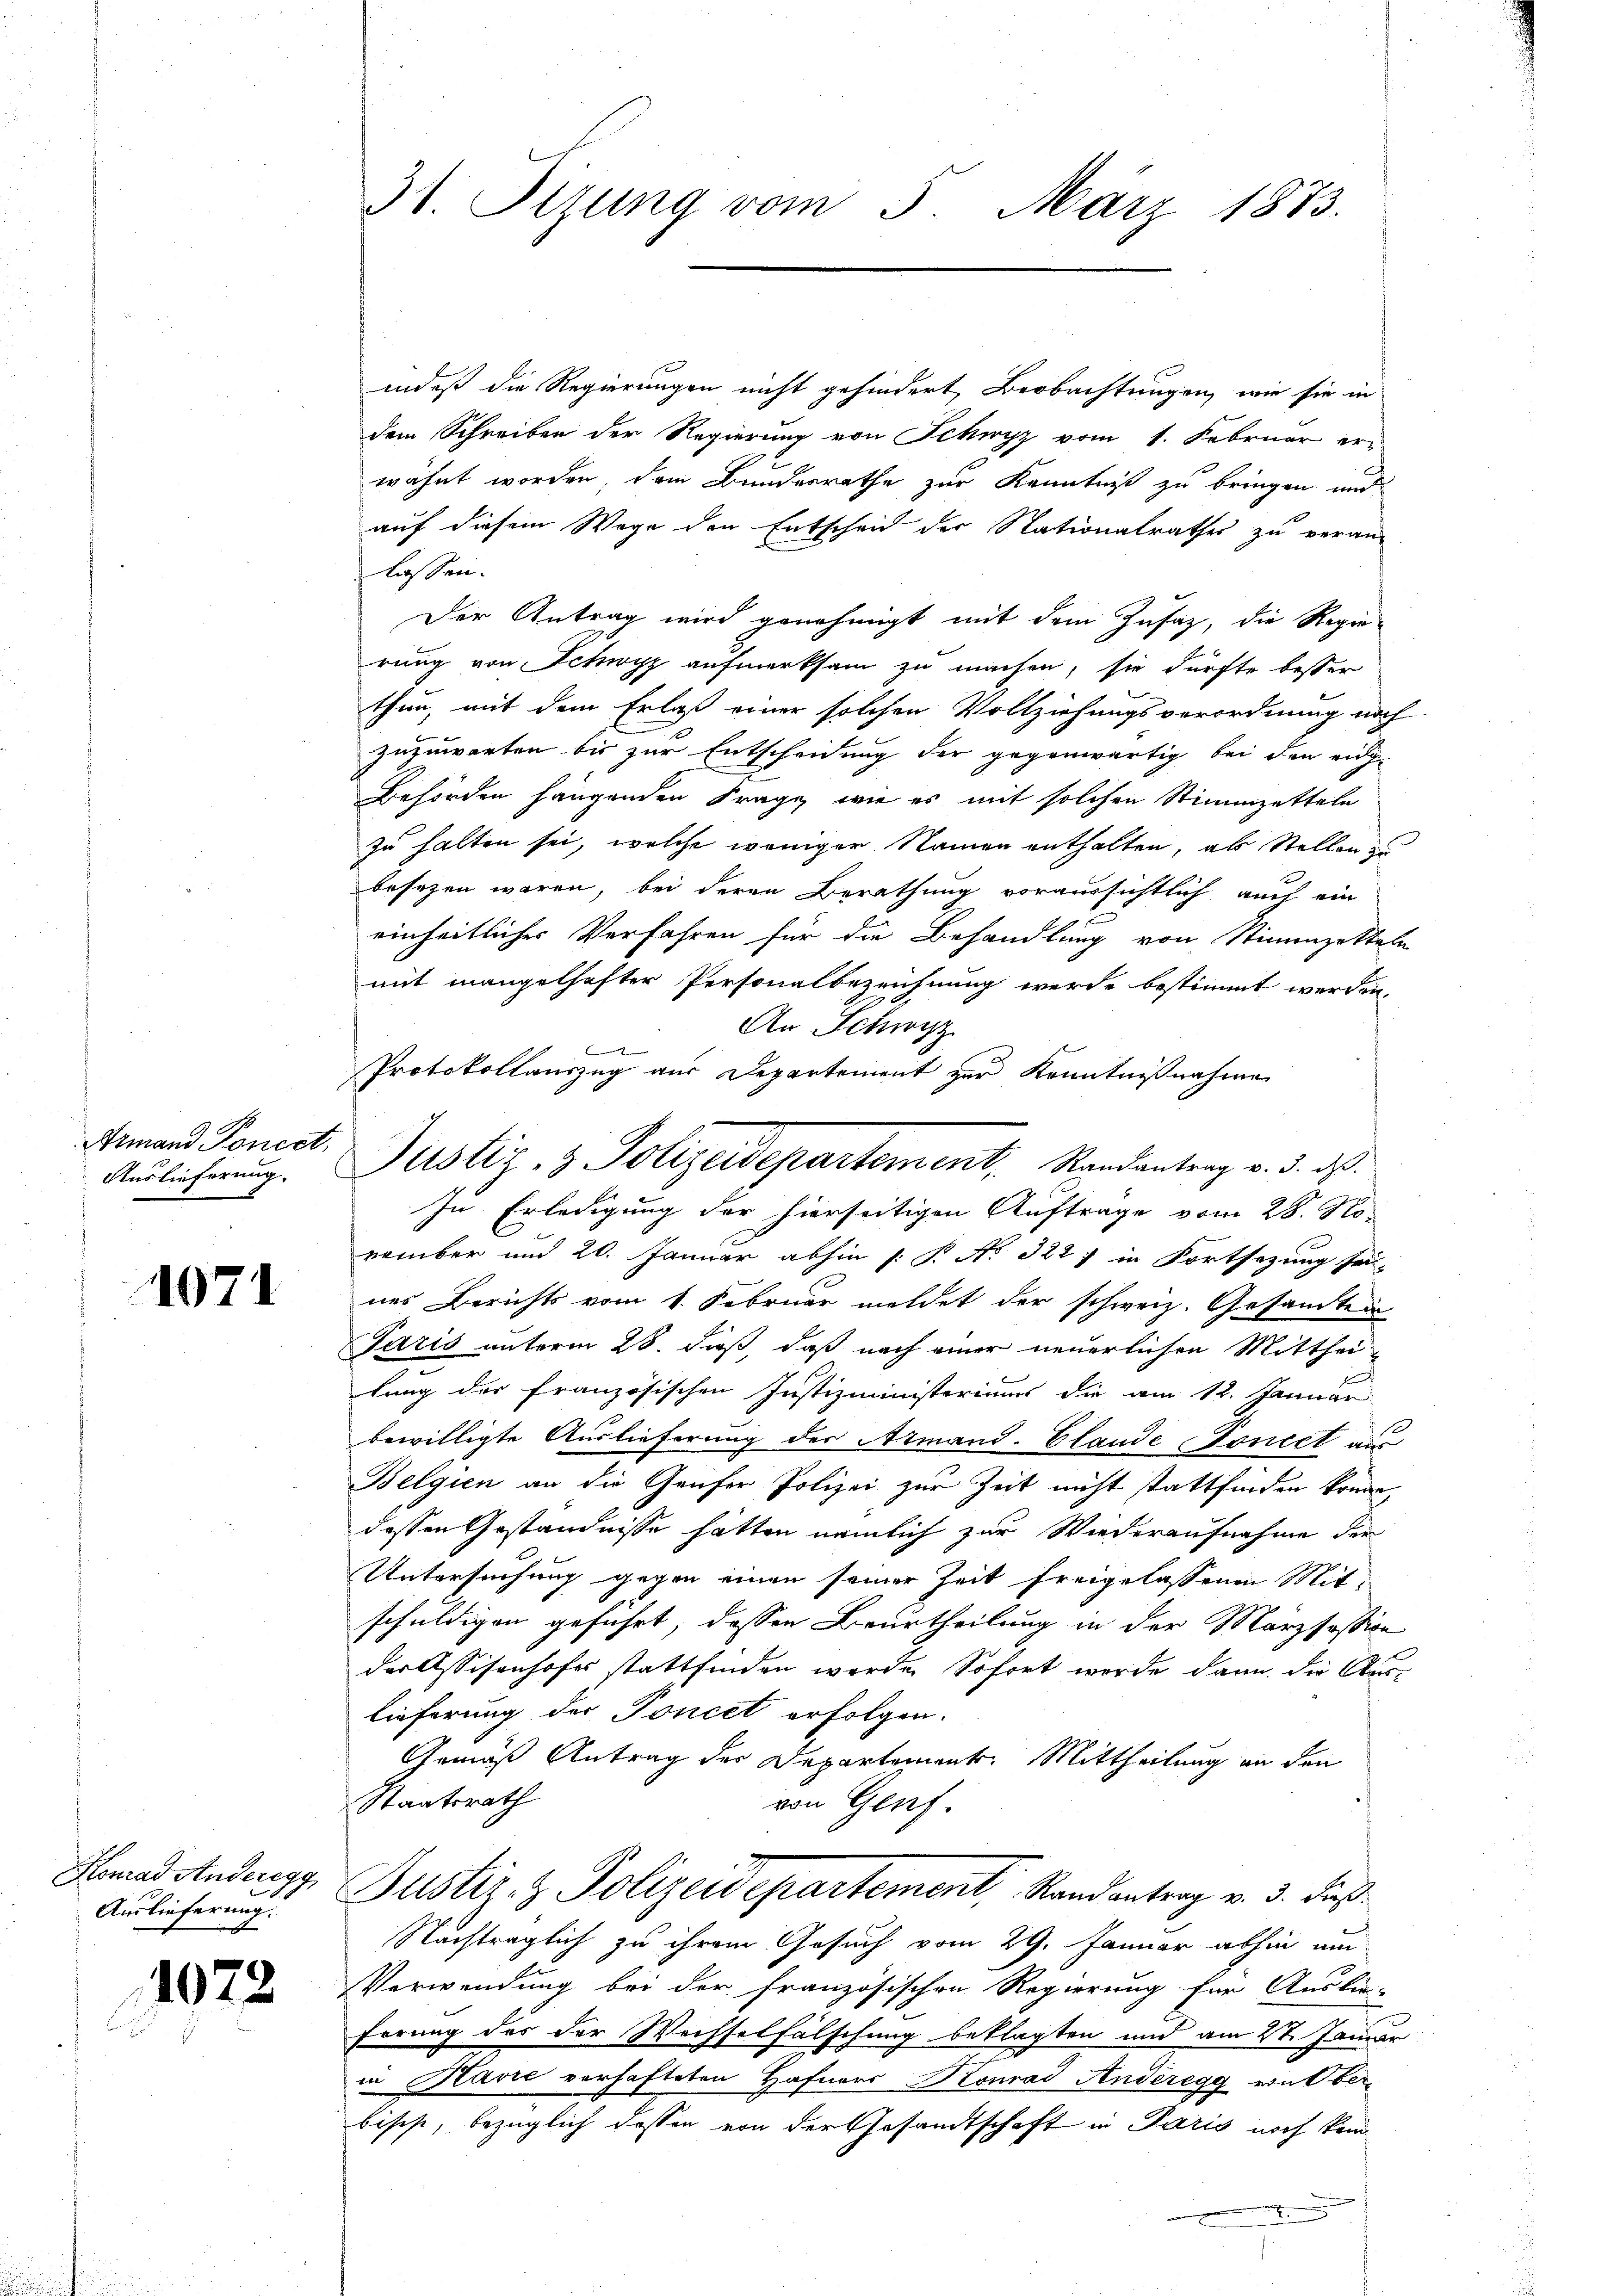
Armand Poncet,
Auslieferung.

1071

Konrad Anderegg
Auslieferung.

1072

31. Sizung vom 5. März 1873.

indes die Regierungen nicht gehindert Beobachtungen, wie sie in
dem Schreiben der Regierung von Schwyz vom 1. Februar er-
wähnt worden, dem Bundesrathe zur Kenntniß zu bringen und
auf diesem Wege den Entscheid der Nationalrathes zu veran-
lassen.
Der Antrag wird genehmigt mit dem Zusaz, die Regie-
rung von Schwyz aufmerksam zu machen, sie dürfte besser
thun, mit dem Erlaß einer solchen Vollziehungsverordnung noch
zuzuwarten bis zur Entscheidung der gegenwärtig bei den eige
Behörden hängenden Frage, wie es mit solchen Stimmzetteln
zu halten sei, welche weniger Namen enthalten, als Stellen
besezen wären, bei deren Berathung voraussichtlich auch ein
einheitlicher Verfahren für die Behandlung von Stimmzetteln
mit mangelhafter Personalbezeichnung werde bestimmt werden.
An Schwyz
2
Protokollauszug aus Departement zur Kenntnißnahme
In Erledigung der hierseitigen Auftrage vom 28. No-
vember und 20. Januar abhin (: P. No 3227 in Fortsezung sei-
nes Berichts vom 1. Februar meldet der schweiz. Gesandten
Paris unterm 28. dieß, daß nach einer neuerlichen Mittheilung des französischen Justizministeriums die am 12. Januar
bewilligte Auslieferung der Armand. Claude Concet aus
Belgien an die Genfer Polizei zur Zeit nicht stattfinden könne,
dessen Geständnisse hätten nämlich zur Wiederaufnahme der
Untersuchung gegen einen seiner Zeit freigelassenen Mit-
schuldigen geführt, dessen Beurtheilung in der Marzfossion
der Assisenhofes stattfinden werde. Sofort werde dann die Auslieferung der Toncet erfolgen.
Gemäß Antrag der Departement. Mittheilung an den
Staatsrath
von Genf.
Justiz- & Polizeidepartement, Randantrag v. 3. Fuß.
Nachträglich zu ihrem Gesuch vom 29. Januar abhin um
Verwendung bei der französischen Regierung für Auslie-
Errung der der Wechselfälschung beklagten und am 2t. Januar
in Havre verhafteten Hafners Konrad Anderegg ein Oberbisest, bezüglich dessen von der Gesandtschaft in Paris noch kein

Justiz- & Polizeidepartement. Randantrag v. 5. ds.